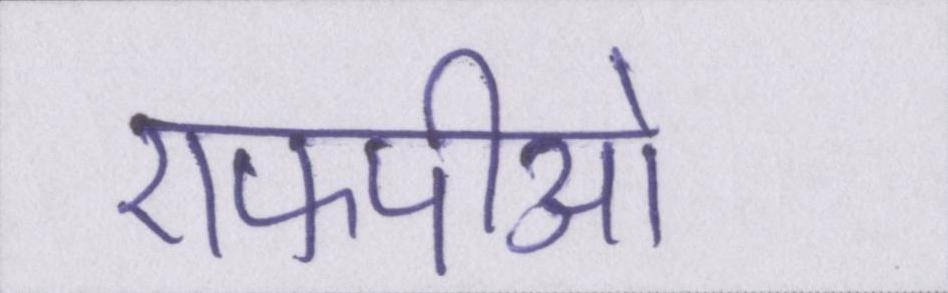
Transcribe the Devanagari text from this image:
एफपीओ